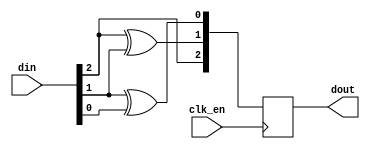
`timescale 1ns / 1ps
//////////////////////////////////////////////////////////////////////////////////
// Company: 
// Engineer: 
// 
// Design Name: 
// Module Name: gray_encoder
// Project Name: 
// Target Devices: 
// Tool Versions: 
// Description: 
// 
// Dependencies: 
// 
// Revision:
// Revision 0.01 - File Created
// Additional Comments:
// 
//////////////////////////////////////////////////////////////////////////////////


module gray_encoder(
    input clk_en,
    input [2:0] din,
    output reg [2:0] dout = 0
    );
    
    always @(posedge clk_en)
    begin
        dout[2] <= din[2];
        dout[1] <= din[2] ^ din[1];
        dout[0] <= din[1] ^ din[0];
    end
endmodule